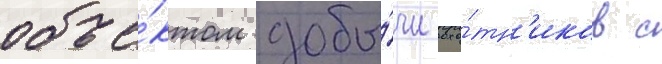
объе́ктом добы́чи охо́тн'иков с